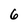
Character: 6